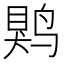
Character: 䴗